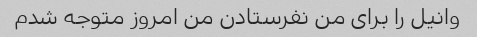
وانیل را برای من نفرستادن من امروز متوجه شدم